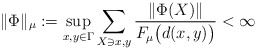
\begin{align*} \lVert \Phi \rVert_\mu := \sup_{x,y \in \Gamma} \sum_{X \ni x,y} \frac{\lVert \Phi(X)\rVert}{F_{\mu}\bigl(d(x,y)\bigr)}<\infty\end{align*}